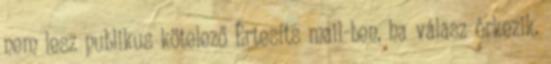
nem lesz publikus kötelező Értesíts mail-ben, ha válasz érkezik.